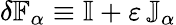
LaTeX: \delta\mathbb{F}_{\alpha}\equiv\mathbb{I}+\varepsilon\, \mathbb{J}_{\alpha}